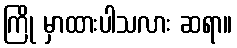
ကြို မှာထားပါသလား ဆရာ။